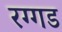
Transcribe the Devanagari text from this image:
रग्गड